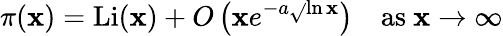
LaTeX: \pi(\mathbf{x})=\mathrm{{{Li}}}(\mathbf{x})+O\left(\mathbf{x}e^{-a{\sqrt{}{{\ln\mathbf{x}}}}}\right)\quad{\mathrm{{as~}}}\mathbf{x}\to\infty